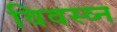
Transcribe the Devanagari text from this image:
विवस्व्न